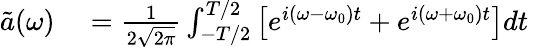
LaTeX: \begin{array}{rl}{\tilde{a}(\omega)}&{{}=\frac{1}{2\sqrt{2\pi}}\int_{-T/2}^{T/2}\left[e^{i\left(\omega-\omega_{0}\right)t}+e^{i\left(\omega+\omega_{0}\right)t}\right]dt\, }\end{array}